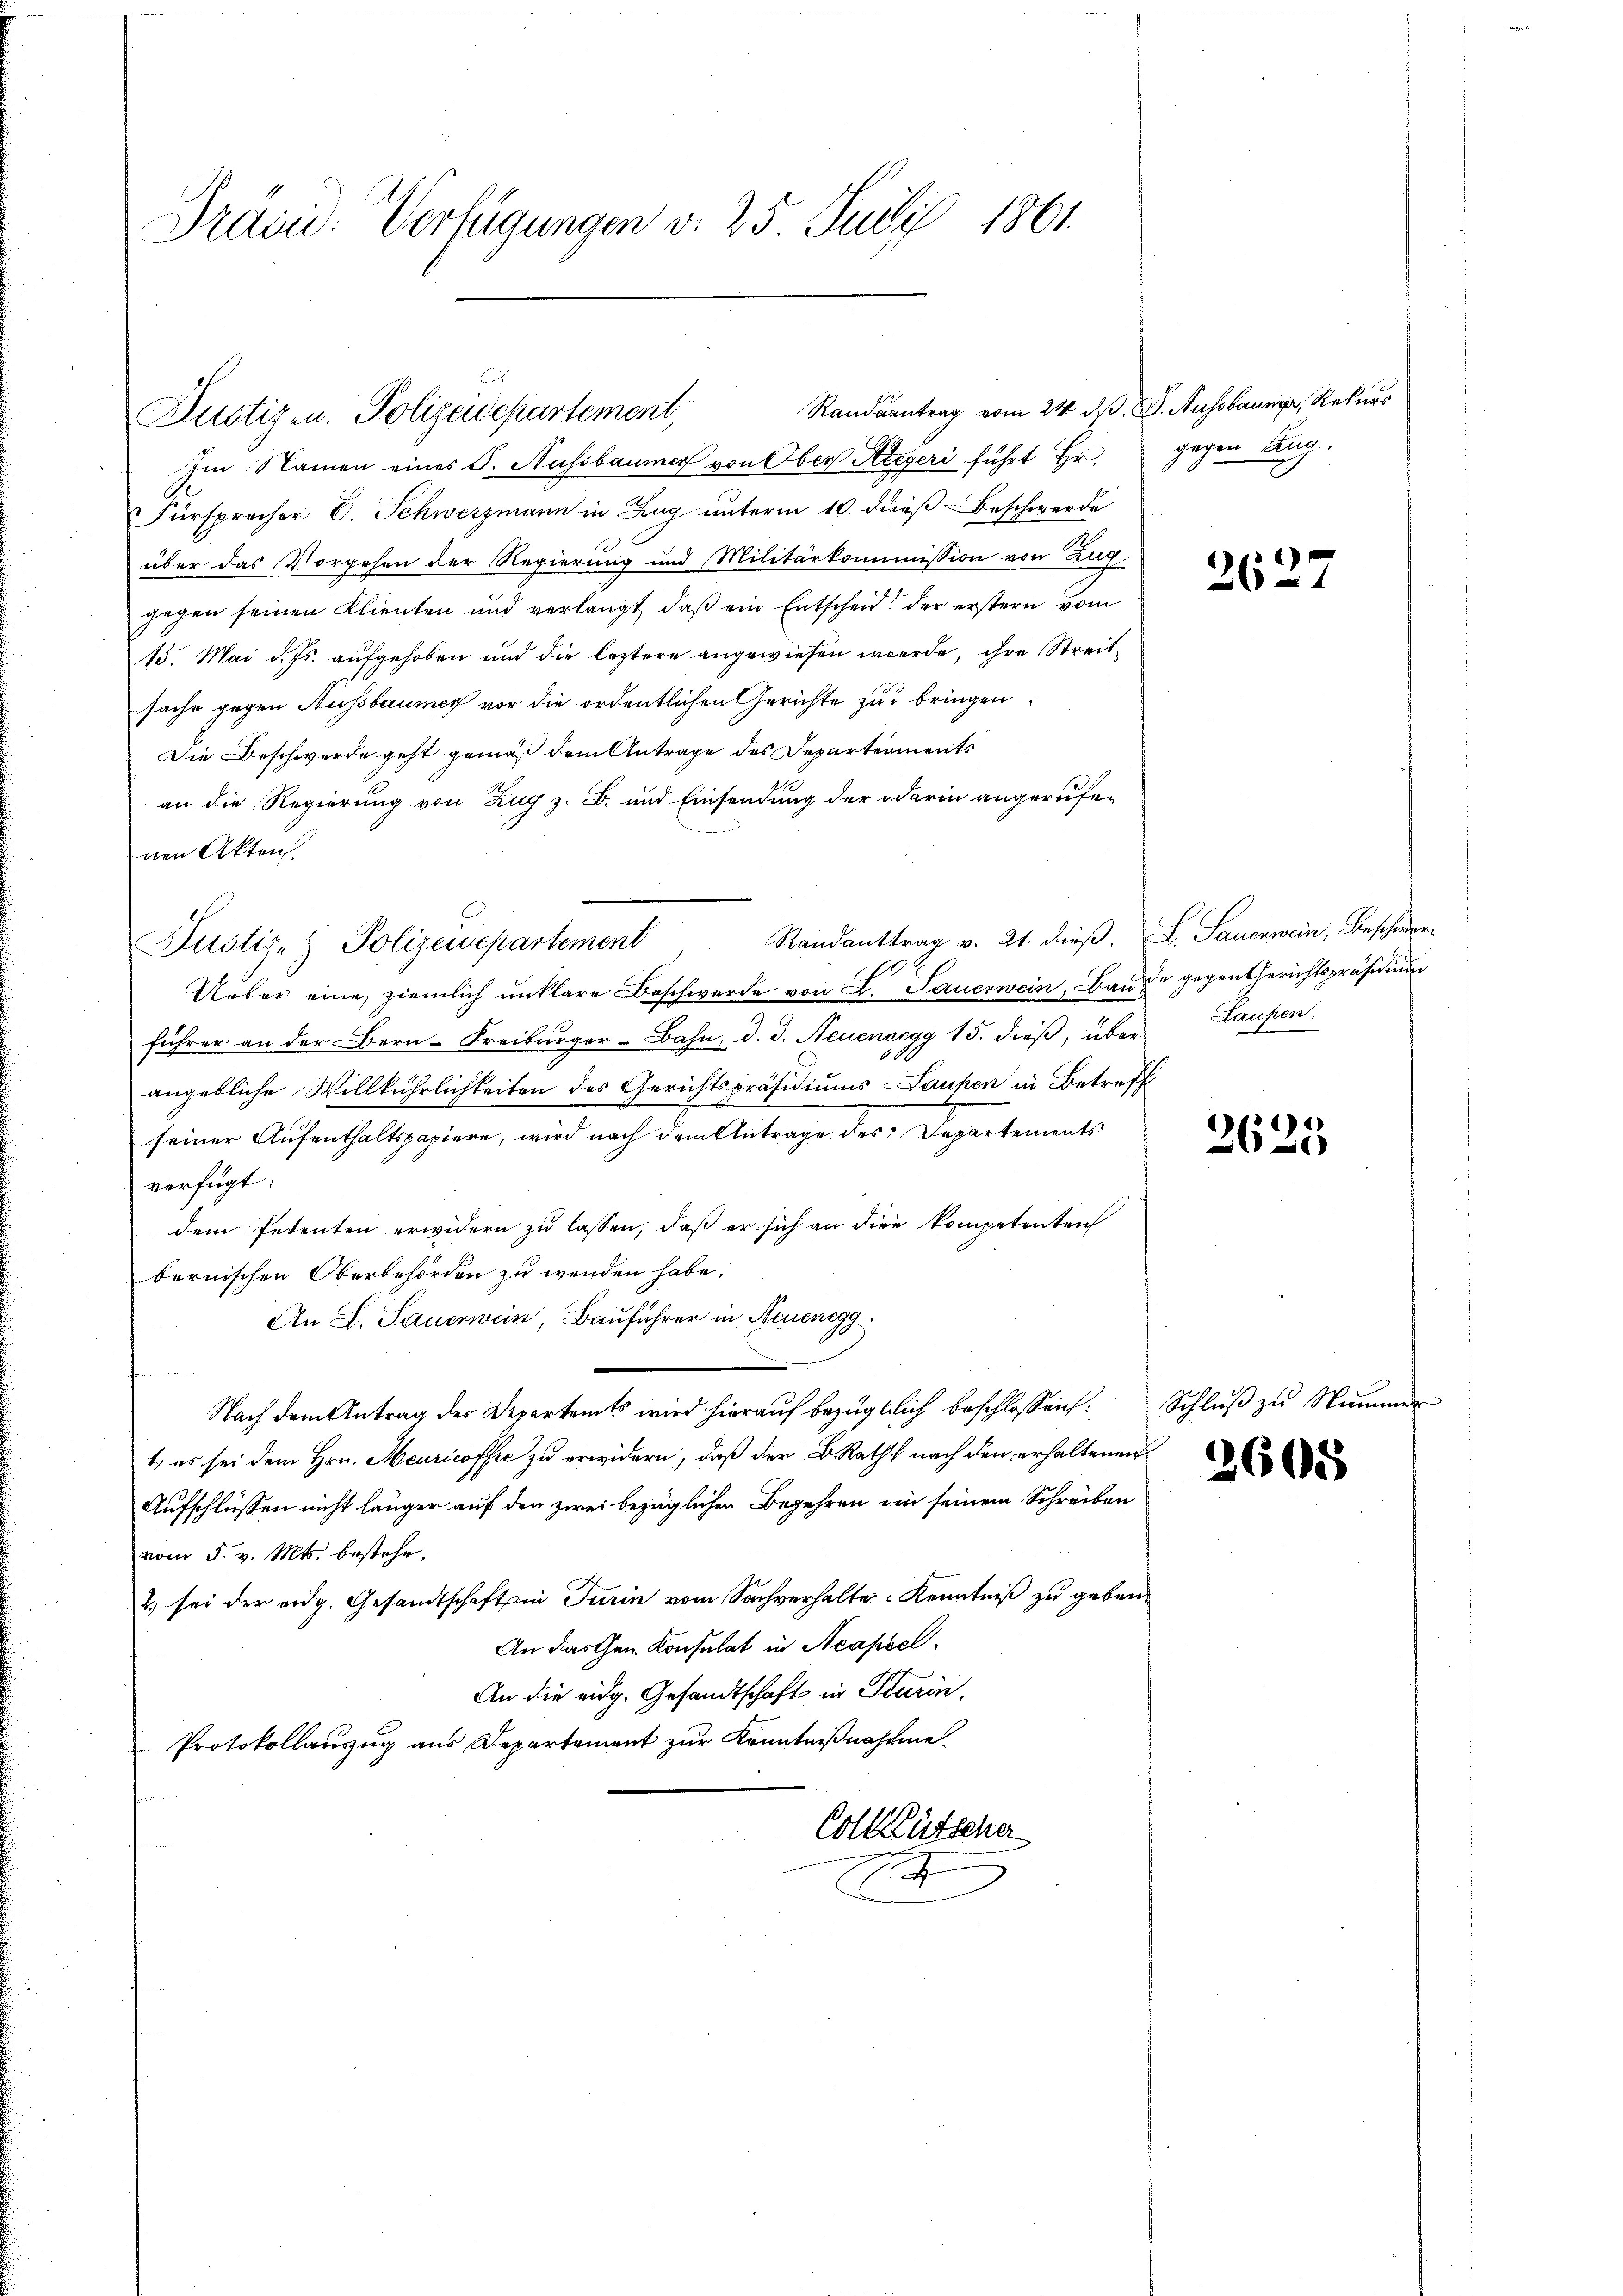
Präsid. Verfügungen v. 25 Juli 1861.

Randantrag vom 24. d. J. Aussbarung, Rekurs
Im Namen eines S. Aussbaumer von Ober Aegeri führt Hr.
Fürsprecher C. Schwerzmann in Zug unterm 10. dieß Beschwerde
über das Vorgehen der Regierung und Militärkommission von Zug
gegen seinen Klienten und verlangt, daß ein Entscheid der erstern vom
15. Mai d. Js. aufgehoben und die leztere angewiesen werde, ihre Streitsache gegen Nussbaumer vor die ordentlichen Gerichte zu bringen
Die Beschwerde geht gemäß dem Antrage des Departements
an die Regierung von Zug z. B. und Einsendung der darin angerufenen Akten.
Randanttrag v. 21. dieβ. L. Sauerwein, Beschwer-
Pustiz- Polizeidepartement
Ueber eine ziemlich unklare Beschwerde von L. Sauerwein, Baude gegen Gerichtspräsidium
führer an der Bern-Freiburger-Bahn, d. d. Neuenaegg 15. dieß, über Laupen.
angebliche Willkührlichkeiten des Gerichtspräsidiums- Laufen in Betreff
seiner Aufenthaltspapiere, wird nach dem Antrage des Departements
verfügt:
dem Petenten erwidern zu lassen, daß er sich an die kompetenten
bernischen Oberbehörden zu wenden habe.
An L. Sauerwein, Bauführer in Neuenegg
Nach dem Antrag des Departamts wird hierauf bezüglich beschlossen:
1., es sei dem Hrn. Meuricoffre zu erwidern, daß der B. Raths nach den erhaltenen
Aufschlüssen nicht länger auf den zwei bezüglichen Begehren ein seinem Schreiben
vom 5. v. Mts. bestehe.
2) sei der eidg. Gesandtschaften Turin vom Sachverhalte Kenntniß zu geben,
An darthen Konsulat in Neapeel.
An die eidg. Gesandtschaft in Turin.
Protokollauszug aus Departement zur Kenntnißnahme
e
Coll Kutscha

Justizen. Polizeidepartement,

.

gegen Aug.

2627

2625

Schluß zu Numme

2605